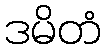
ဒမိတံ